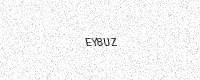
Text: EY8UZ